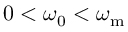
0 < \omega _ { \mathrm { 0 } } < \omega _ { \mathrm { m } }